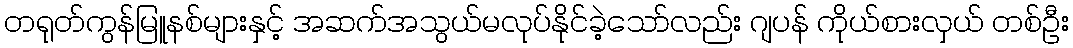
တရုတ်ကွန်မြူနစ်များနှင့် အဆက်အသွယ်မလုပ်နိုင်ခဲ့သော်လည်း ဂျပန် ကိုယ်စားလှယ် တစ်ဦး